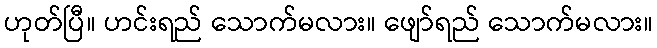
ဟုတ်ပြီ။ ဟင်းရည် သောက်မလား။ ဖျော်ရည် သောက်မလား။